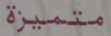
متميزة